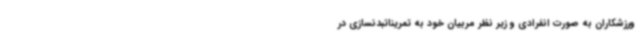
ورزشکاران به صورت انفرادی و زیر نظر مربیان خود به تمریناتبدنسازی در